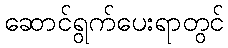
ဆောင်ရွက်ပေးရာတွင်